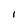
Character: I